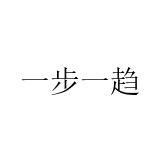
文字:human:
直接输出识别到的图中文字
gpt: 一步一趋